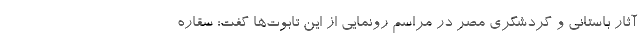
آثار باستانی و گردشگری مصر در مراسم رونمایی از این تابوت‌ها گفت: سقاره